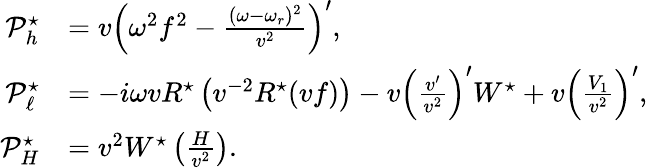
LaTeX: \begin{array}{rl}{\mathcal{P}_{h}^{\star}}&{=v\left(\omega^{2}f^{2}-\frac{(\omega-\omega_{r})^{2}}{v^{2}}\right)^{\prime},}\\ {\mathcal{P}_{\ell}^{\star}}&{=-i\omega vR^{\star}\left(v^{-2}R^{\star}(vf)\right)-v\left(\frac{v^{\prime}}{v^{2}}\right)^{\prime}W^{\star}+v\left(\frac{V_{1}}{v^{2}}\right)^{\prime},}\\ {\mathcal{P}_{H}^{\star}}&{=v^{2}W^{\star}\left(\frac{H}{v^{2}}\right).}\end{array}